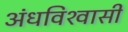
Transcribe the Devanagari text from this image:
अंधविश्‍वासी